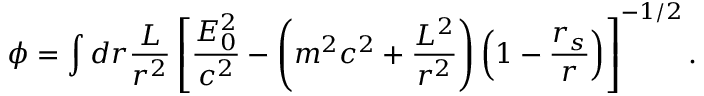
\phi = \int d r \frac { { \cal { L } } } { r ^ { 2 } } \left[ \frac { { \cal { E } } _ { 0 } ^ { 2 } } { c ^ { 2 } } - \left( m ^ { 2 } c ^ { 2 } + \frac { { \cal { L } } ^ { 2 } } { r ^ { 2 } } \right) \left( 1 - \frac { r _ { s } } { r } \right) \right] ^ { - 1 / 2 } .